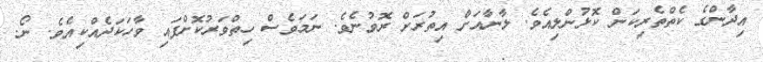
އިދާންގެ ކެތްތެރިކަން ކޮޅުންލިއެވެ. ލާނާއަށް އިތުރަށް ރޮވުނެވެ. ނަމަވެސް ހިތްވަރުކޮށްފައި ވާހަކަދެއްކިއެވެ. ނޯ.